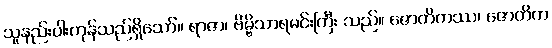
သူနည်းပါးကုန်သည်ရှိသော်။ ရာဇာ၊ ဗိမ္ဗိသာရမင်းကြီး သည်။ ဇောတိကဿ၊ ဇောတိက